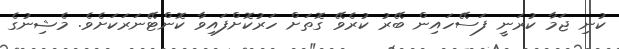
ކުނި ޖަމާ ކުރަނީ ފަސޭހައިން ބޭރު ކުރެވޭ ގޮތަށް ހަރުކޮށްފައިވާ ކޮންޓޭނަރަކަށެވެ. މެޝިނުގެ